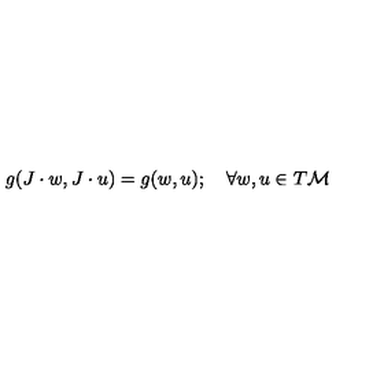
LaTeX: g ( J \cdot w , J \cdot u ) = g ( w , u ) ; \quad \forall w , u \in T { \cal M }